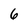
Character: 6